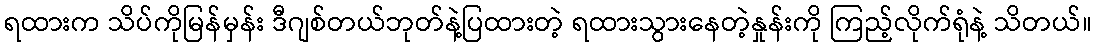
ရထားက သိပ်ကိုမြန်မှန်း ဒီဂျစ်တယ်ဘုတ်နဲ့ပြထားတဲ့ ရထားသွားနေတဲ့နှုန်းကို ကြည့်လိုက်ရုံနဲ့ သိတယ်။